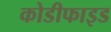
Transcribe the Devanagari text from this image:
कोडीफाइड